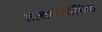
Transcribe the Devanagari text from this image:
तत्वमीमांसिक